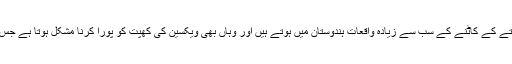
دوسری وجہ یہ بھی ہے کہ دنیا بھر میں کتے کے کاٹنے کے سب سے زیادہ واقعات ہندوستان میں ہوتے ہیں اور وہاں بھی ویکسین کی کھپت کو پورا کرنا مشکل ہوتا ہے جس کے باعث برآمدات میں کمی کی گئی ہے۔